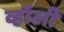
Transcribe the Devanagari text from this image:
व्हॉली